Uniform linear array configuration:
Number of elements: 16
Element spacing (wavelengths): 0.25
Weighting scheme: cosine
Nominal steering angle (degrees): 45
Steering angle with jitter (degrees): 44.603
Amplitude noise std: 0.05
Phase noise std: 0.05

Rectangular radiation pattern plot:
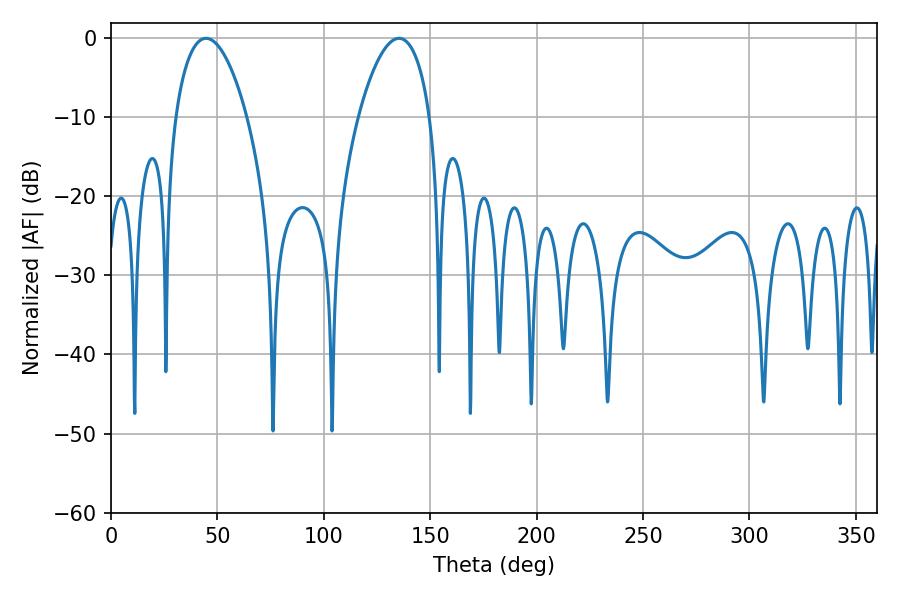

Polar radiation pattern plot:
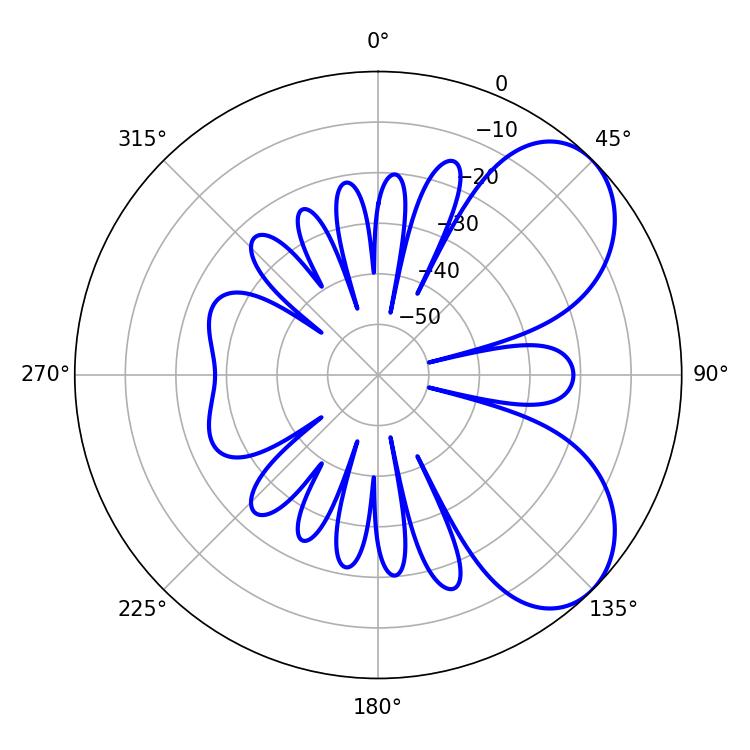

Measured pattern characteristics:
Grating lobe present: FALSE
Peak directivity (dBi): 6.06
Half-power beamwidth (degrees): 18.9
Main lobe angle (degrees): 44.64